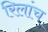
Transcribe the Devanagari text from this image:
रिलांच